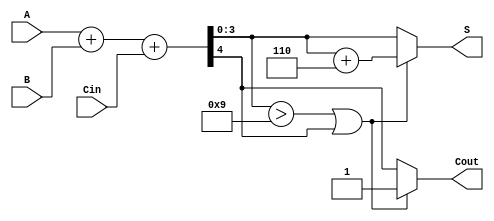
module BCD_Parallel_Adder (
    input  wire [3:0] A,      // BCD input A
    input  wire [3:0] B,      // BCD input B
    input  wire Cin,          // Carry input
    output reg  [3:0] S,      // BCD output sum
    output reg Cout           // Carry output
);
    wire [4:0] Sum;          // 5-bit sum to accommodate carry
    wire correction_needed;   // Flag for correction

    // Step 1: Binary addition
    assign Sum = A + B + Cin;

    // Step 2: Determine if correction is needed
    assign correction_needed = (Sum[3:0] > 4'b1001) || Sum[4];

    // Step 3: Generate outputs
    always @(*) begin
        if (correction_needed) begin
            S = Sum[3:0] + 4'b0110; // Apply correction
            Cout = 1'b1;            // Set carry out
        end else begin
            S = Sum[3:0];           // No correction needed
            Cout = Sum[4];         // Carry out from addition
        end
    end

endmodule